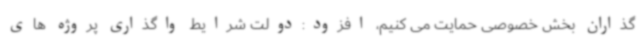
گذاران بخش خصوصی حمایت می کنیم، افزود:دولت شرایط واگذاری پروژه های